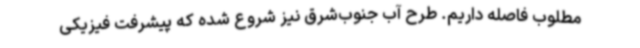
مطلوب فاصله داریم. طرح آب جنوب‌شرق نیز شروع شده که پیشرفت‌ فیزیکی